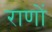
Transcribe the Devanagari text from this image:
राणों